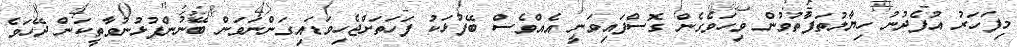
މިފަހަރު އުފެދުނު ހިޔާލުތަފާތުވުން ވިހަވެގެން ގޮސްފައިވަނީ އެއްވެސް ބޭފުޅަކު ފަހަތަށްޖެހިވަޑައިގަންނަވަން ބޭނުންފުޅުނުވާތީކަން ދޭހަވެ